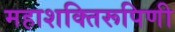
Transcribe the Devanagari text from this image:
महाशक्तिरूपिणी